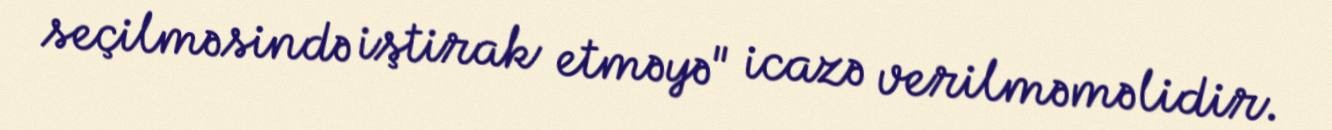
seçilməsində iştirak etməyə" icazə verilməməlidir.